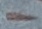
Text: -